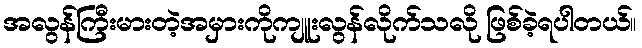
အလွန်ကြီးမားတဲ့အမှားကိုကျူးလွန်လိုက်သလို ဖြစ်ခဲ့ရပါတယ်။